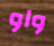
واو